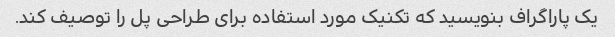
یک پاراگراف بنویسید که تکنیک مورد استفاده برای طراحی پل را توصیف کند.